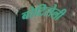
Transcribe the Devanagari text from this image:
बोटिसेली